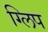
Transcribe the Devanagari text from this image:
ग्लिप